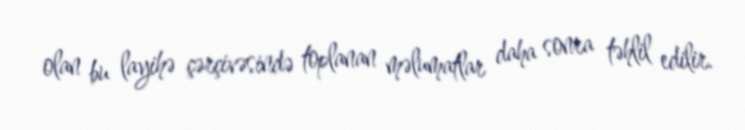
olan bu layihə çərçivəsində toplanan məlumatlar daha sonra təhlil edilir.